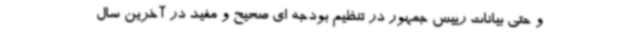
و حتی بیانات رییس جمهور در تنظیم بودجه ای صحیح و مفید در آخرین سال